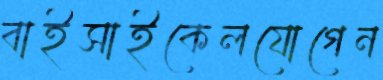
বাইসাইকেলযোগেন